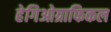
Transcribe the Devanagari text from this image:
हेगिओग्राफिकल